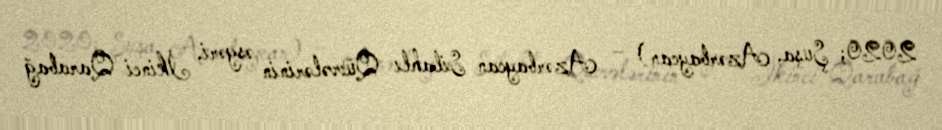
2020; Şuşa, Azərbaycan) – Azərbaycan Silahlı Qüvvələrinin əsgəri, İkinci Qarabağ